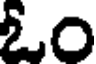
ఓం